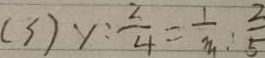
( 3 ) y : \frac { 2 } { 4 } = \frac { 1 } { m } : \frac { 2 } { 5 }